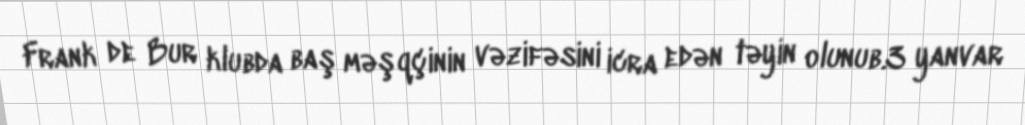
Frank de Bur klubda baş məşqçinin vəzifəsini icra edən təyin olunub.3 yanvar